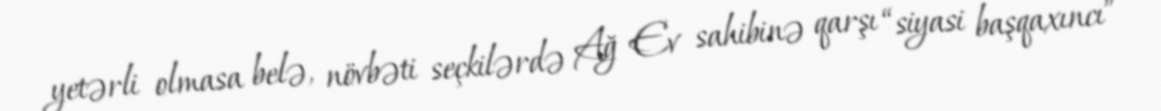
yetərli olmasa belə, növbəti seçkilərdə Ağ Ev sahibinə qarşı “siyasi başqaxıncı”